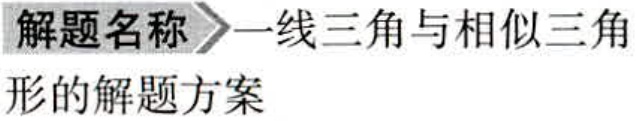
解题名称 \(\rightharpoonup\) 一线三角与相似三角形的解题方案